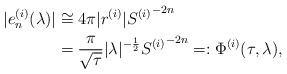
LaTeX: \begin{align*}|e_n^{(i)}(\lambda)| &\cong 4 \pi |r^{(i)}| {S^{(i)}}^{-2n} \\&= \frac{\pi}{\sqrt{\tau}} |\lambda|^{-\frac{1}{2}} {S^{(i)}}^{-2n} =: \Phi^{(i)} (\tau,\lambda), \end{align*}